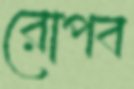
রোপব